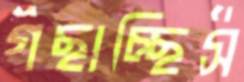
গছাচ্ছিস